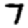
Digit: 7